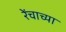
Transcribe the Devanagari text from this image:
रेंचाच्या